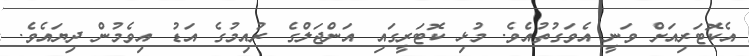
އެކޮޓަރިއަށް ވަނީ އެވަގުތުއެވެ. މުޅި ކޮޓަރީގައި އަންޖަލްގެ ރުއިމުގެ އަޑު އިވެމުން ދިޔައެވެ.